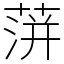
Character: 蓱